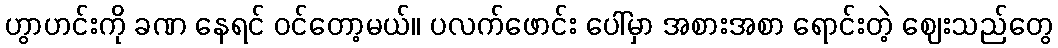
ဟွာဟင်းကို ခဏ နေရင် ဝင်တော့မယ်။ ပလက်ဖောင်း ပေါ်မှာ အစားအစာ ရောင်းတဲ့ ဈေးသည်တွေ